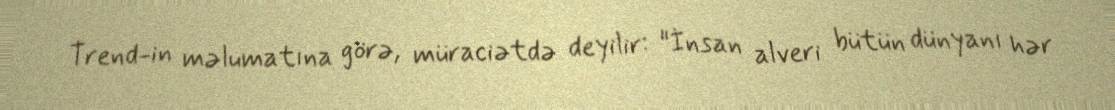
Trend-in məlumatına görə, müraciətdə deyilir: "İnsan alveri bütün dünyanı hər